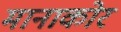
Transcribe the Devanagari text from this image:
मानाकोर